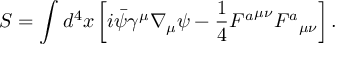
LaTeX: S = \int _ { } ^ { } d ^ { 4 } x \left[ i \bar { \psi } \gamma ^ { \mu } \nabla _ { \mu } \psi - \frac { 1 } { 4 } { F ^ { a } } ^ { \mu \nu } { F ^ { a } } _ { \mu \nu } \right] .